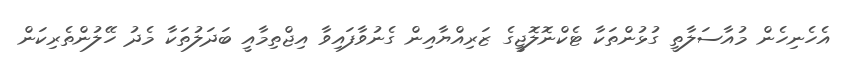
އެހެނިހެން މުއާސަލާތީ ގުޅުންތަކާ ޓެކްނޮލޮޖީގެ ޒަރިއްޔާއިން ގެނުވާފައިވާ އިޖްތިމާއީ ބަދަލުތަކާ މެދު ހޭލުންތެރިކަން